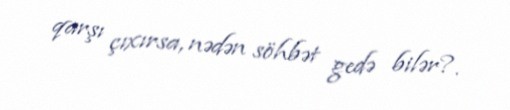
qarşı çıxırsa, nədən söhbət gedə bilər?.